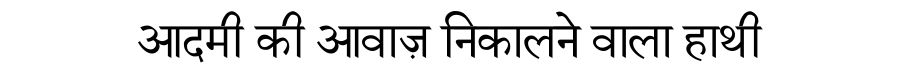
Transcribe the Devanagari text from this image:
आदमी की आवाज़ निकालने वाला हाथी